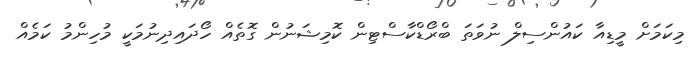
މިކަމަށް މީޑިއާ ކައުންސިލް ނުވަތަ ބްރޯޑްކާސްޓިން ކޮމިޝަނުން ގޮތެއް ހޯދައިދިނުމަކީ މުހިންމު ކަމެއް